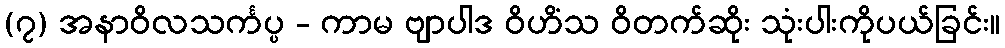
(၇) အနာဝိလသင်္ကပ္ပ - ကာမ ဗျာပါဒ ဝိဟိံသ ဝိတက်ဆိုး သုံးပါးကိုပယ်ခြင်း။